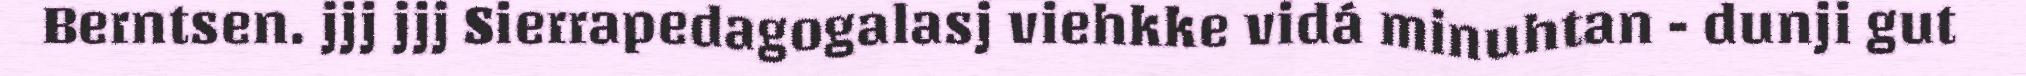
Berntsen. jjj jjj Sierrapedagogalasj viehkke vidá minuhtan - dunji gut